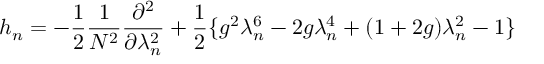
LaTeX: h _ { n } = - \frac { 1 } { 2 } \frac { 1 } { N ^ { 2 } } \frac { \partial ^ { 2 } } { \partial \lambda _ { n } ^ { 2 } } + \frac { 1 } { 2 } \{ g ^ { 2 } \lambda _ { n } ^ { 6 } - 2 g \lambda _ { n } ^ { 4 } + ( 1 + 2 g ) \lambda _ { n } ^ { 2 } - 1 \}